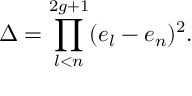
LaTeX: \Delta = \prod _ { l < n } ^ { 2 g + 1 } ( e _ { l } - e _ { n } ) ^ { 2 } .